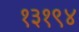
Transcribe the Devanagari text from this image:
१३१९४